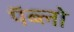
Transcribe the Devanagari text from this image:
पॅब्लो